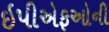
ઇપીએફઓની